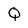
Character: Q